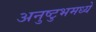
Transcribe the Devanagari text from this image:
अनुष्टुभमध्ये